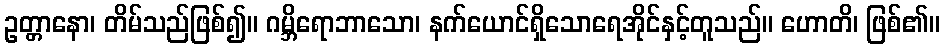
ဥတ္တာနော၊ တိမ်သည်ဖြစ်၍။ ဂမ္ဘိရောဘာသော၊ နက်ယောင်ရှိသောရေအိုင်နှင့်တူသည်။ ဟောတိ၊ ဖြစ်၏။